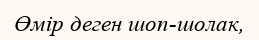
Өмір деген шоп-шолак,